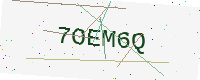
Text: 7OEM6Q